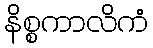
နိစ္စကာလိကံ